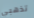
تذهبي